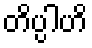
တိပ္ပါဟိ